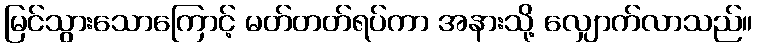
မြင်သွားသောကြောင့် မတ်တတ်ရပ်ကာ အနားသို့ လျှောက်လာသည်။